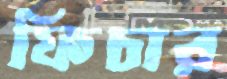
ফিচার